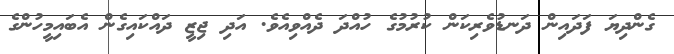
ގެންދިޔަ ފަދައިން ދަނޑުވެރިކަން ކުރުމުގެ ހުއްދަ ދެއްވިއެވެ. އަދި ޖިޒީ ދައްކައިގެން އެބައިމީހުންގެ